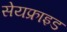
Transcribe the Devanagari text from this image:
सेयफ्राइड